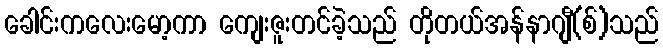
ခေါင်းကလေးမော့ကာ ကျေးဇူးတင်ခဲ့သည် တိုတယ်အန်နာဂျီ(စ်)သည်